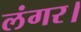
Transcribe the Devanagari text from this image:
लंगर।